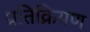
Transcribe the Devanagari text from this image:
प्रतिक्रियण